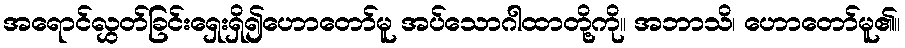
အရောင်လွှတ်ခြင်းရှေးရှိ၍ဟောတော်မူ အပ်သောဂါထာတို့ကို။ အဘာသိ၊ ဟောတော်မူ၏။